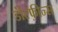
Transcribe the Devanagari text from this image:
डॉल्फ़ीन्स